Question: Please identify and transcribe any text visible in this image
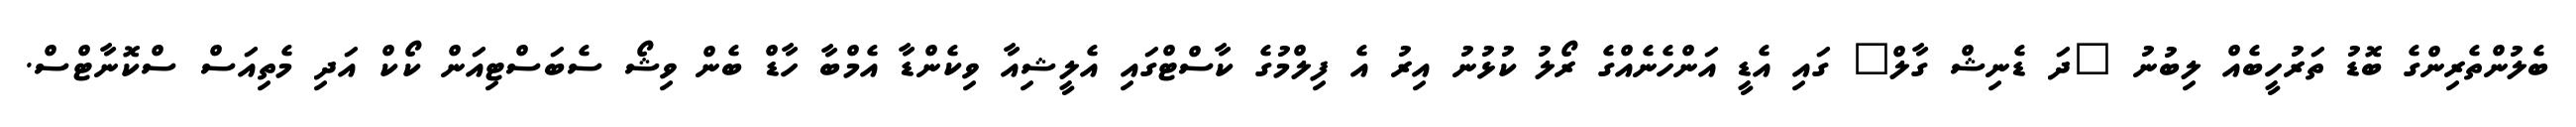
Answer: ބެލުންތެރިންގެ ބޮޑު ތަރުހީބެއް ލިބުނު "ދަ ޑެނިޝް ގާލް" ގައި އެޑީ އަންހެނެއްގެ ރޯލު ކުޅުނު އިރު އެ ފިލްމުގެ ކާސްޓްގައި އެލީޝިއާ ވިކެންޑާ އެމްބާ ހާޑް ބެން ވިޝޯ ސެބަސްޓިއަން ކޯކް އަދި މެތިއަސް ސްކޮނާޓްސް.